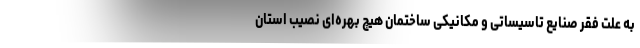
به علت فقر صنایع تاسیساتی و مکانیکی ساختمان هیچ بهره‌ای نصیب استان